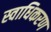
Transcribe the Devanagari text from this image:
स्वाधिकरण